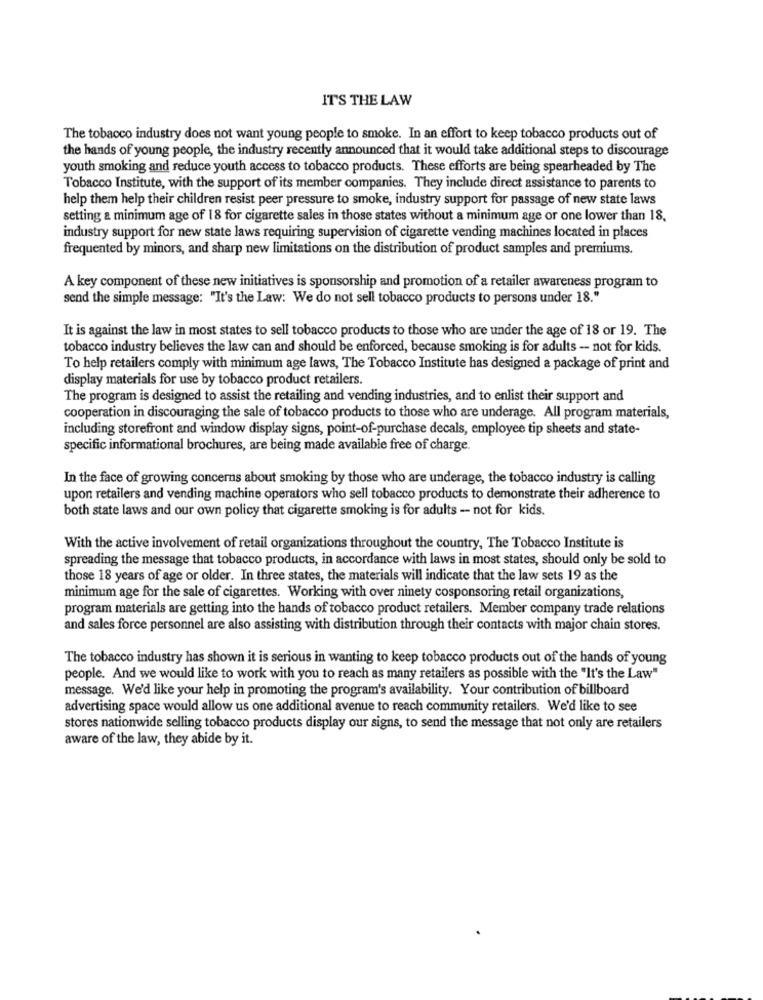
IT'S THE LAW
The tobacco industry does not want young people to smoke. In an effort to keep tobacco products out of
the hands of young people, the industry recently announced that it would take additional steps to discourage
youth smoking and reduce youth access to tobacco products. These efforts are being spearheaded by The
Tobacco Institute, with the support of its member companies. They include direct assistance to parents to
help them help their children resist peer pressure to smoke, industry support for passage of new state laws
setting a minimum age of 18 for cigarette sales in those states without a minimum age or one lower than 18,
industry support for new state laws requiring supervision of cigarette vending machines located in places
frequented by minors, and sharp new limitations on the distribution of product samples and premiums.
A key component of these new initiatives is sponsorship and promotion of a retailer awareness program to
send the simple message: "It's the Law: We do not sell tobacco products to persons under 18."
It is against the law in most states to sell tobacco products to those who are under the age of 18 or 19. The
tobacco industry believes the law can and should be enforced, because smoking is for adults - not for kids.
To help retailers comply with minimum age laws, The Tobacco Institute has designed a package of print and
display materials for use by tobacco product retailers.
The program is designed to assist the retailing and vending industries, and to enlist their support and
cooperation in discouraging the sale of tobacco products to those who are underage. All program materials,
including storefront and window display signs, point-of-purchase decals, employee tip sheets and state-
specific informational brochures, are being made available free of charge.
In the face of growing concerns about smoking by those who are underage, the tobacco industry is calling
upon retailers and vending machine operators who sell tobacco products to demonstrate their adherence to
both state laws and our own policy that cigarette smoking is for adults - not for kids.
With the active involvement of retail organizations throughout the country, The Tobacco Institute is
spreading the message that tobacco products, in accordance with laws in most states, should only be sold to
those 18 years of age or older. In three states, the materials will indicate that the law sets 19 as the
minimum age for the sale of cigarettes. Working with over ninety cosponsoring retail organizations,
program materials are getting into the hands of tobacco product retailers. Member company trade relations
and sales force personnel are also assisting with distribution through their contacts with major chain stores.
The tobacco industry has shown it is serious in wanting to keep tobacco products out of the hands of young
people. And we would like to work with you to reach as many retailers as possible with the "It's the Law"
message. We'd like your help in promoting the program's availability. Your contribution of billboard
advertising space would allow us one additional avenue to reach community retailers. We'd like to see
stores nationwide selling tobacco products display our signs, to send the message that not only are retailers
aware of the law, they abide by it.